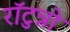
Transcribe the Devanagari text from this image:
राॅटुन्नो